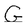
Character: G